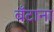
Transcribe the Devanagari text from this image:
बँटाना